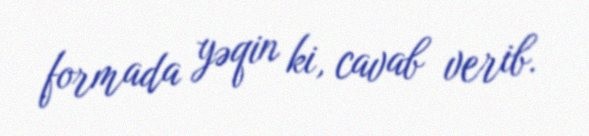
formada yəqin ki, cavab verib.